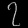
Digit: ၇